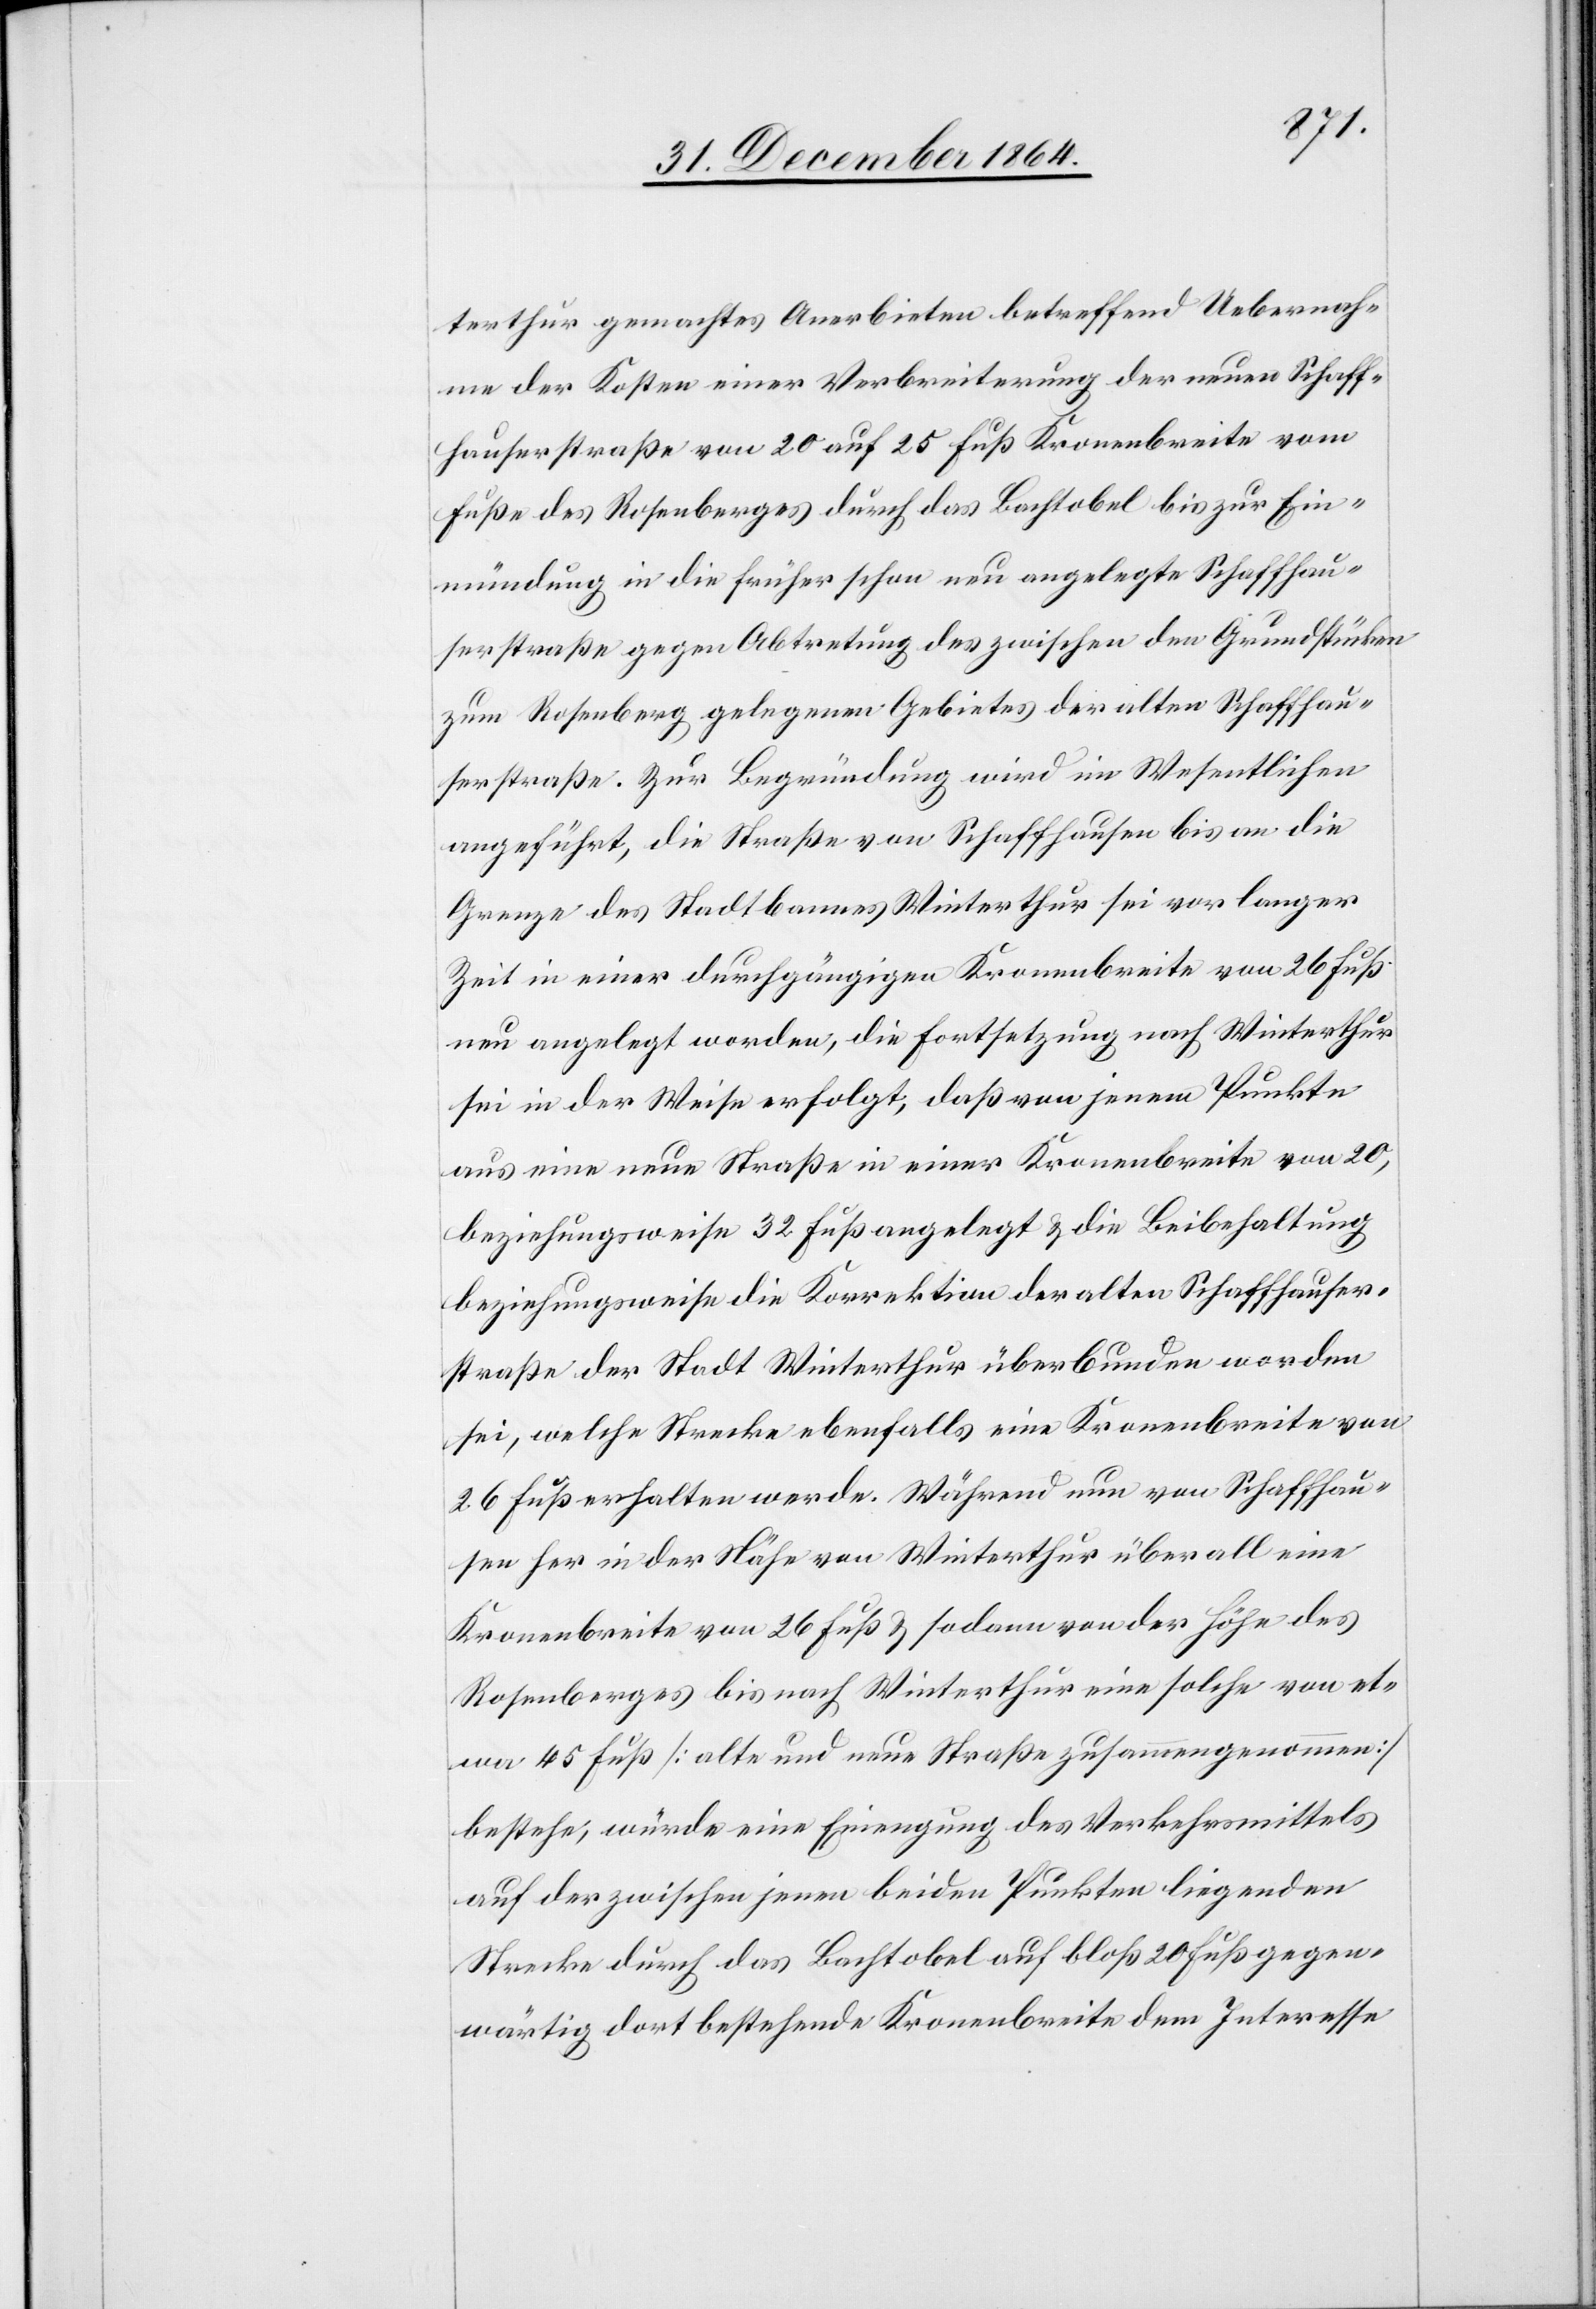
terthur gemachtes Anerbieten betreffend Uebernah¬
me der Kosten einer Verbreiterung der neuen Schaff¬
hauserstraße von 20 auf 25 Fuß Kronenbreite vom
Fuße des Rosenbergers durch das Bachtobel bis zur Ein¬
mündung in die früher schon neu angelegte Schaffhau¬
serstraße gegen Abtretung des zwischen den Grundstücken
zum Rosenberg gelegenen Gebietes der alten Schaffhau¬
serstraße. Zur Begründung wird im Wesentlichen
angeführt, die Straße von Schaffhausen bis an die
Grenze des Stadtbannes Winterthur sei vor langer
Zeit in einer durchgängigen Kronenbreite von 26 Fuß
neu angelegt worden, die Fortsetzung nach Winterthur
sei in der Weise erfolgt, daß von jenem Punkte
aus eine neue Straße in einer Kronenbreite von 20,
beziehungsweise 32 Fuß angelegt & die Beibehaltung
beziehungsweise die Korrektion der alten Schaffhauser¬
straße der Stadt Winterthur überbunden worden
sei, welche Strecke ebenfalls eine Kronenbreite von
26 Fuß erhalten werde, Während nun von Schaffhau¬
sen her in der Nähe von Winterthur überall eine
Kronenbreite von 26 Fuß & sodann von der Höhe des
Rosenberges bis nach Winterthur eine solche von et¬
wa 45 Fuß [alte und neue Straße zusammengenommen]
bestehe, würde eine Einengung des Verkehrsmittels
auf der zwischen jenen beiden Punkten liegenden
Strecke durch das Bachtobel auf bloß 20 Fuß gegen¬
wärtig dort bestehende Kronenbreite dem Interesse